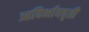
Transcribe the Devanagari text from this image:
आविर्भाववृती